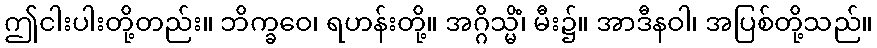
ဤငါးပါးတို့တည်း။ ဘိက္ခဝေ၊ ရဟန်းတို့။ အဂ္ဂိသ္မိံ၊ မီး၌။ အာဒီနဝါ၊ အပြစ်တို့သည်။